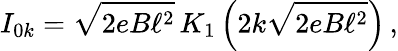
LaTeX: I_{0k}=\sqrt{2eB\ell^{2}}\, K_{1}\left(2k\sqrt{2eB\ell^{2}}\right)\, ,